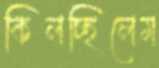
কিলচ্ছিলেম